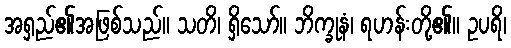
အရှည်၏အဖြစ်သည်။ သတိ၊ ရှိသော်။ ဘိက္ခုနံ၊ ရဟန်းတို့၏။ ဥပရိ၊